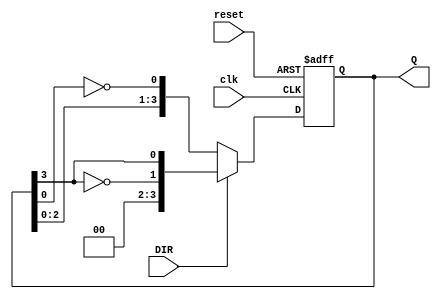
module Bidirectional_Johnson_Counter #(parameter N = 4) (
    input wire clk,           // Clock signal
    input wire reset,         // Reset signal
    input wire DIR,          // Direction control (1 for right shift, 0 for left shift)
    output reg [N-1:0] Q     // Output of the counter
);

    // Initialize the counter state
    initial begin
        Q = 0; // Start with all bits set to 0
    end

    always @(posedge clk or posedge reset) begin
        if (reset) begin
            Q <= 0; // Reset the counter to 0
        end else begin
            if (DIR) begin
                // Right shift operation (Counting Up)
                Q <= {~Q[N-1], Q[N-1:N-1]}; // Shift right and insert inverted last bit
            end else begin
                // Left shift operation (Counting Down)
                Q <= {Q[N-2:0], ~Q[0]}; // Shift left and insert inverted first bit
            end
        end
    end

endmodule